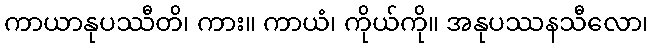
ကာယာနုပဿီတိ၊ ကား။ ကာယံ၊ ကိုယ်ကို။ အနုပဿနသီလော၊